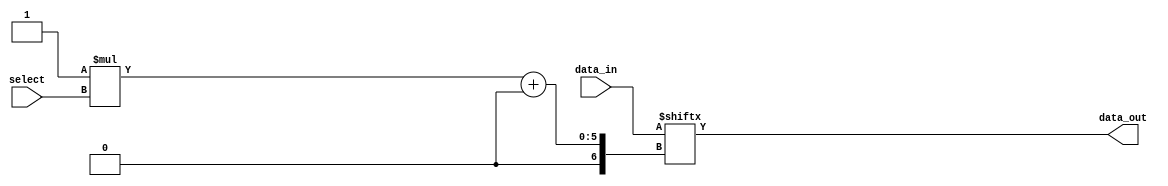
//============================================================================//
//                                                                            //
//      Parameterise Multiplexer                                              //
//                                                                            //
//      Module name: mux                                                      //
//      Desc: parameterized mutiplexer, selects one of X inputs               //
//      Developer: Rurik Primiani & Wesley New                                //
//      Licence: GNU General Public License ver 3                             //
//      Notes: Developed from a combiniation of mux implmentations            //
//                                                                            //
//============================================================================//

module mux #(
      //=================
      // Mux parameters
      //=================
      parameter ARCHITECTURE = "BEHAVIORAL",  // BEHAVIORAL, VIRTEX5, VIRTEX6
      parameter SELECT_LINES = 4,             // number of inputs into mux, must be a power of 2.
      parameter DATA_WIDTH   = 1              // the width of the output data
   ) (
      //==============
      // Input Ports
      //==============
      input wire [SELECT_LINES-1:0]                 select,
      input wire [DATA_WIDTH*(2**SELECT_LINES)-1:0] data_in,

      //===============
      // Output Ports
      //===============
      output reg [DATA_WIDTH-1:0] data_out
   );

   //==================
   // Local variables
   //==================
   integer i,j;
   
   //=======================================
   // Generate according to implementation
   //=======================================
   generate
      case (ARCHITECTURE)
         "BEHAVIORAL" : 
         begin
            always @(select or data_in)
            begin
               j = select;
               for (i = 0; i < DATA_WIDTH; i = i +1)
               begin
                  data_out[i] = data_in[DATA_WIDTH * j + i];
               end
            end
         end // case "BEHAVIORAL"

        "VIRTEX5" : 
         begin
	          // Instantiate V5 mux primitive
         end
	
        "VIRTEX6" : 
        begin
	         // Instantiate V6 mux primitive
        end
	
      endcase 
   endgenerate
   
endmodule